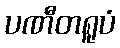
ပဏီတရူပံ